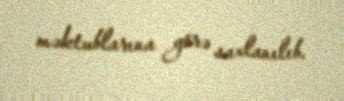
məktublarına görə saxlanılıb.